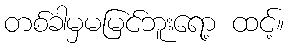
တစ်ခါမှမမြင်ဘူးရော့ ထင့်။